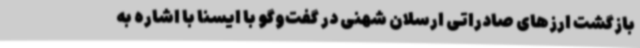
بازگشت ارزهای صادراتی ارسلان شهنی در گفت‌وگو با ایسنا با اشاره به